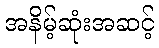
အနိမ့်ဆုံးအဆင့်